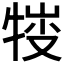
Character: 𤚈